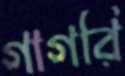
গাগরি